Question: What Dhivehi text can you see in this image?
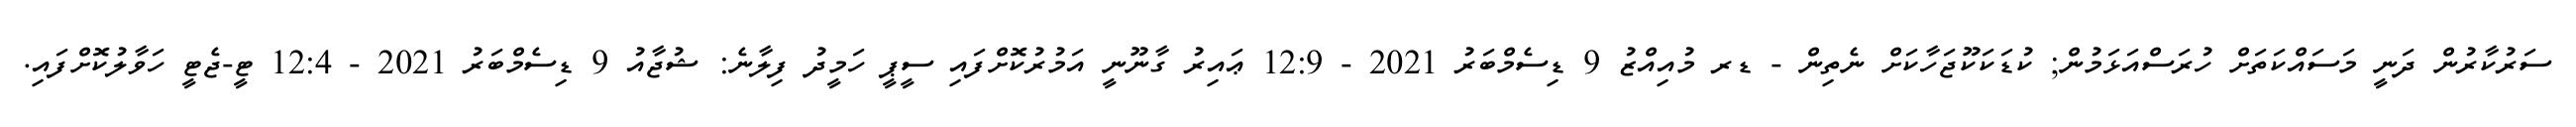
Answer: ސަރުކާރުން ދަނީ މަސައްކަތަށް ހުރަސްއަޅަމުން; ކުޑަކަކޫޖަހާކަށް ނެތިން - ޑރ މުއިއްޒު 9 ޑިސެމްބަރު 2021 - 12:9 ޢައިރު ގާނޫނީ އަމުރުކޮށްފައި ސީޕީ ހަމީދު ފިލާނެ: ޝުޖާއު 9 ޑިސެމްބަރު 2021 - 12:4 ޓީ-ޖެޓީ ހަވާލުކޮށްފައި.